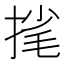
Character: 毮